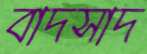
বাদসাদ